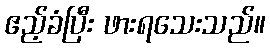
ဧည့်ခံပြီး ဖားရသေးသည်။